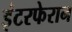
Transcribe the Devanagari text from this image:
इंटरफेरान